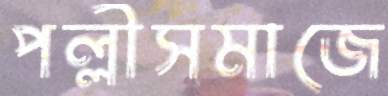
পল্লীসমাজে